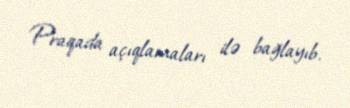
Praqada açıqlamaları ilə bağlayıb.